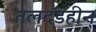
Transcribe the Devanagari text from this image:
तलदंडहीन